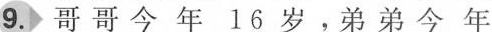
9.哥哥今年16岁，弟弟今年